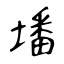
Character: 墦